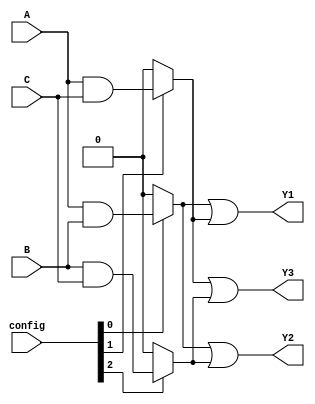
module fuse_based_PLA (
    input wire A,
    input wire B,
    input wire C,
    input wire [2:0] config,  // Configuration for programmable AND gates
    output wire Y1,
    output wire Y2,
    output wire Y3
);

// Programmable AND gates
wire P1, P2, P3;

// AND gate 1: P1 = A AND B
assign P1 = (config[0]) ? (A & B) : 1'b0; // Config 0
// AND gate 2: P2 = A AND C
assign P2 = (config[1]) ? (A & C) : 1'b0; // Config 1
// AND gate 3: P3 = B AND C
assign P3 = (config[2]) ? (B & C) : 1'b0; // Config 2

// Fixed OR gates
assign Y1 = P1 | P2; // Output 1
assign Y2 = P1 | P3; // Output 2
assign Y3 = P2 | P3; // Output 3

endmodule